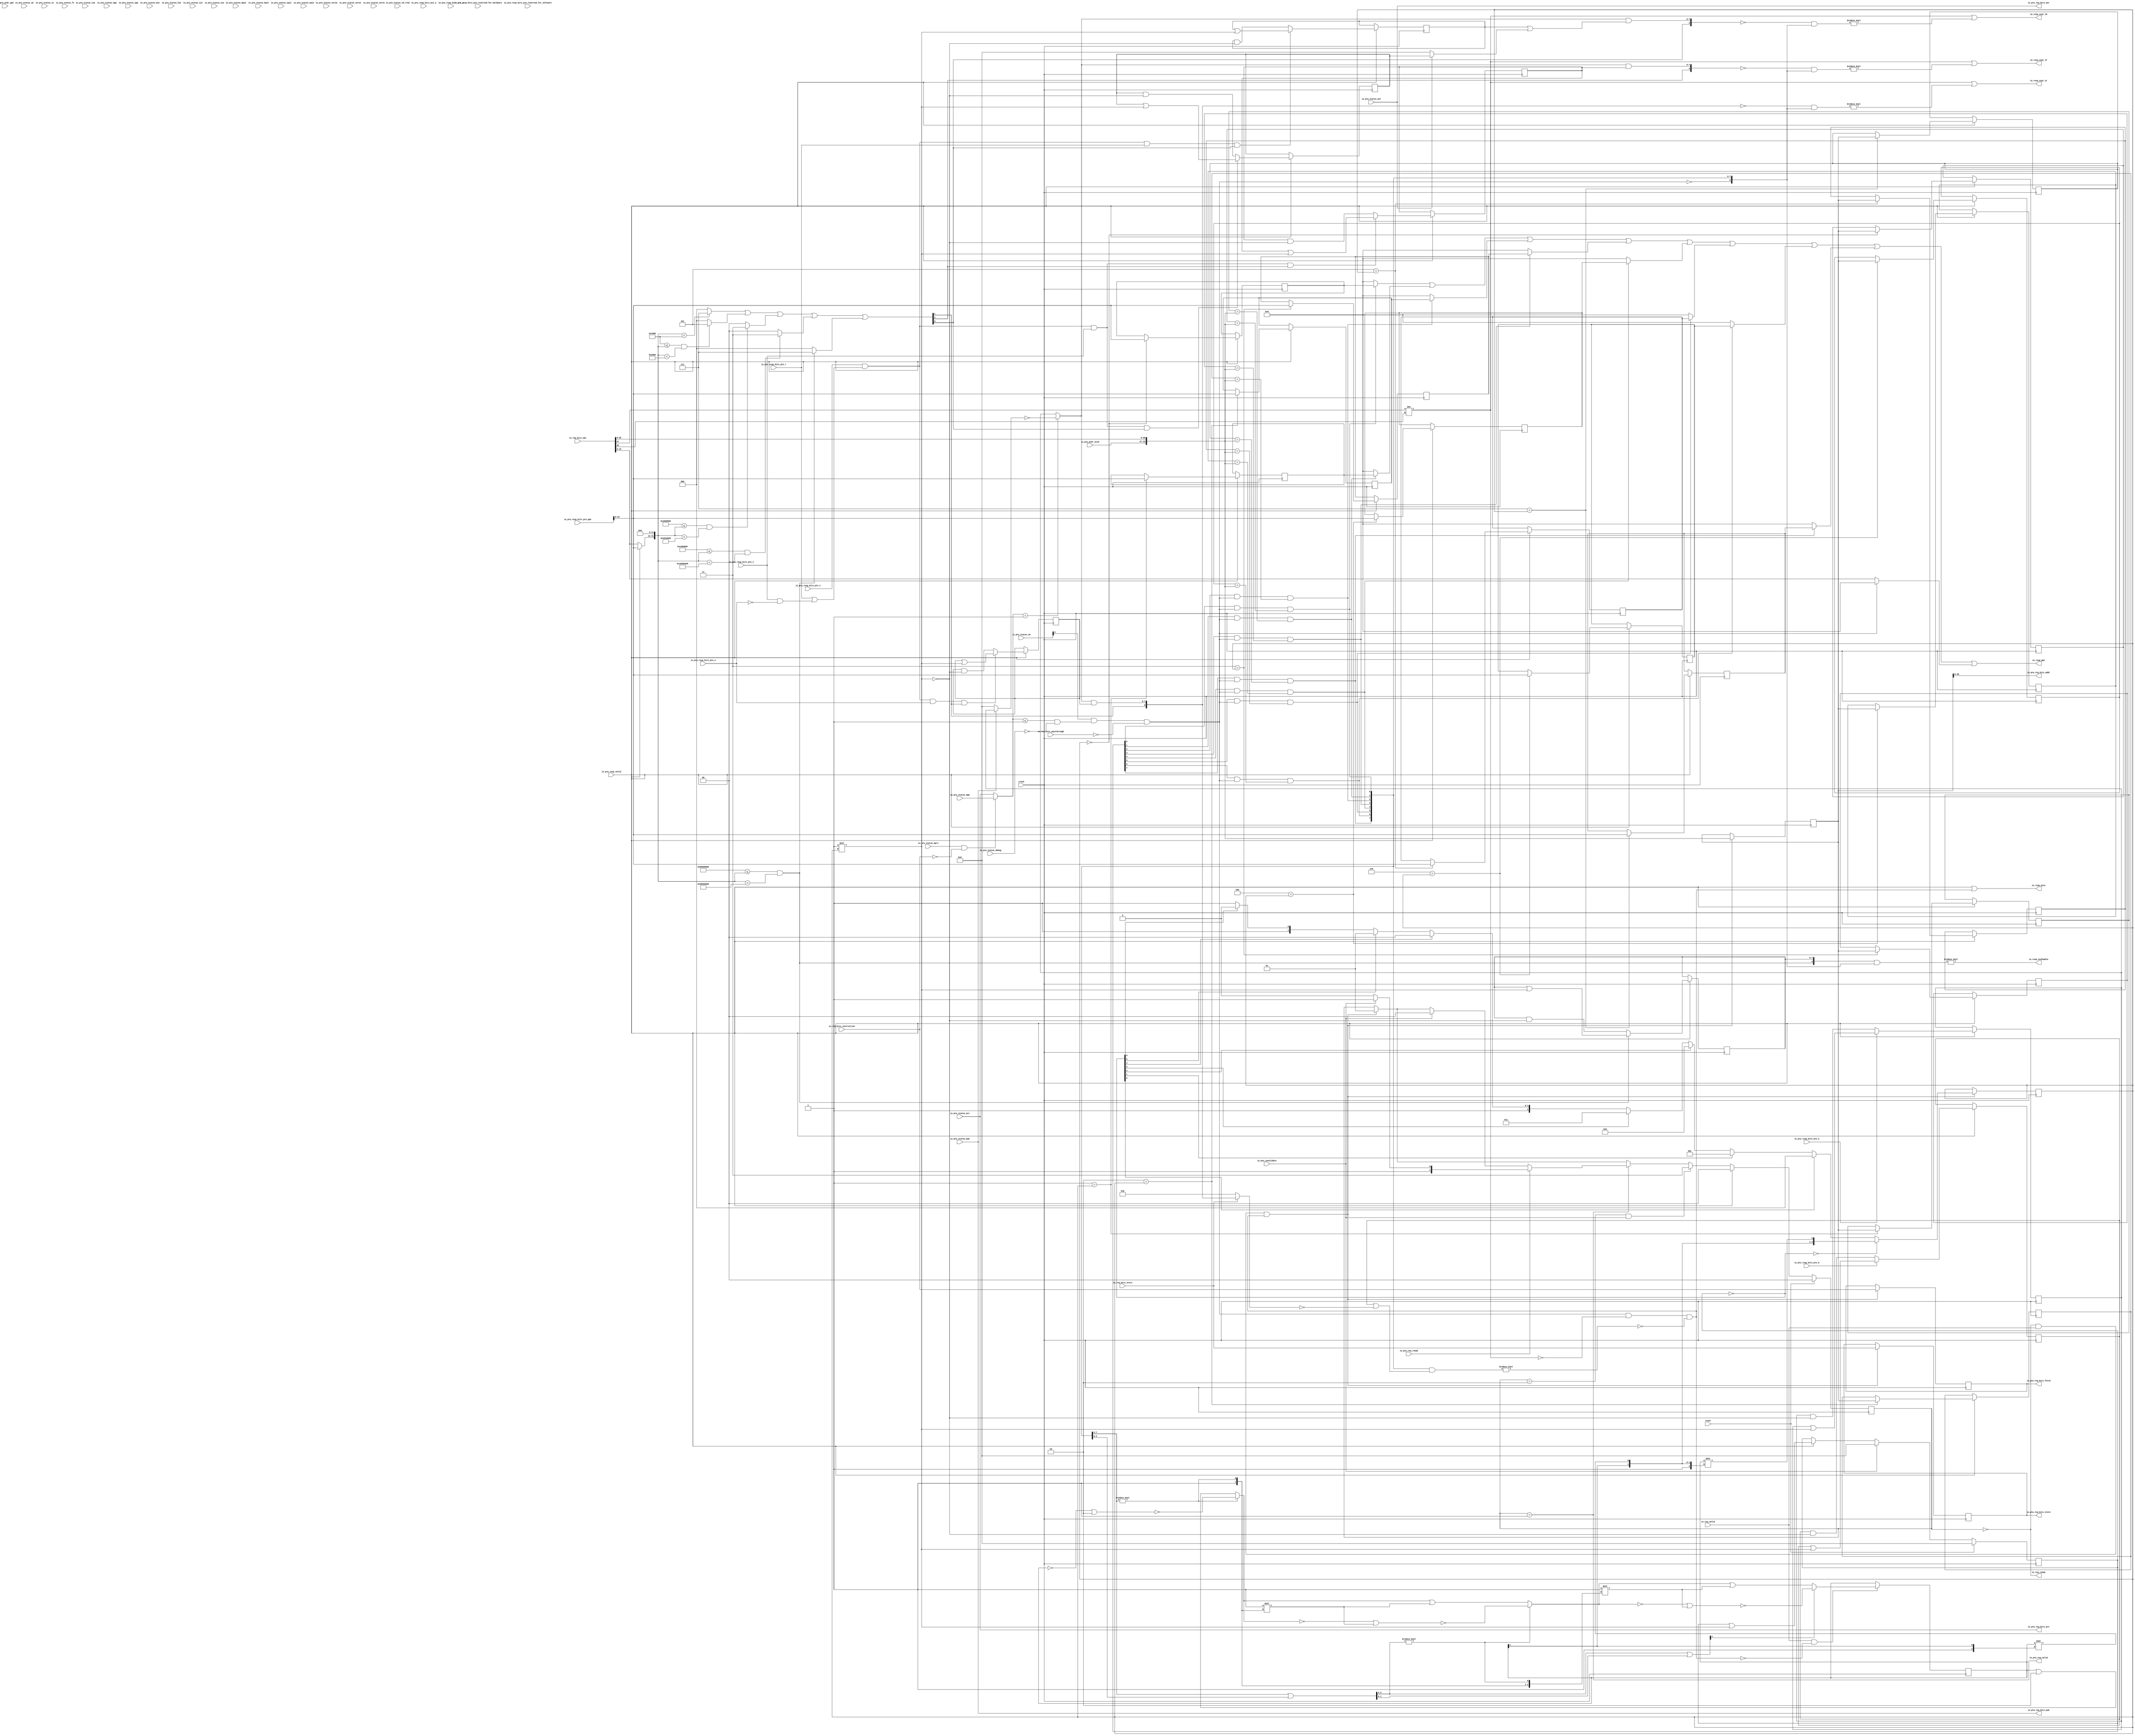
`timescale 1ns / 1ps
//////////////////////////////////////////////////////////////////////////////////
// Company: 
// Engineer: 
// 
// Design Name: 
// Module Name:    standard_TLB 
// Project Name: 
// Target Devices: 
// Tool versions: 
// Description: 
//
// Dependencies: 
//
// Revision: 
// Revision 0.01 - File Created
// Additional Comments: 
//
//////////////////////////////////////////////////////////////////////////////////
module standard_TLB(
  input   clock,
  input   reset,
  output  io_req_ready,
  input   io_req_valid,
  input  [27:0] io_req_bits_vpn,
  input   io_req_bits_passthrough,
  input   io_req_bits_instruction,
  input   io_req_bits_store,
  output  io_resp_miss,
  output [19:0] io_resp_ppn,
  output  io_resp_xcpt_ld,
  output  io_resp_xcpt_st,
  output  io_resp_xcpt_if,
  output  io_resp_cacheable,
  input   io_ptw_req_ready,
  output  io_ptw_req_valid,
  output [1:0] io_ptw_req_bits_prv,
  output  io_ptw_req_bits_pum,
  output  io_ptw_req_bits_mxr,
  output [26:0] io_ptw_req_bits_addr,
  output  io_ptw_req_bits_store,
  output  io_ptw_req_bits_fetch,
  input   io_ptw_resp_valid,
  input  [15:0] io_ptw_resp_bits_pte_reserved_for_hardware,
  input  [37:0] io_ptw_resp_bits_pte_ppn,
  input  [1:0] io_ptw_resp_bits_pte_reserved_for_software,
  input   io_ptw_resp_bits_pte_d,
  input   io_ptw_resp_bits_pte_a,
  input   io_ptw_resp_bits_pte_g,
  input   io_ptw_resp_bits_pte_u,
  input   io_ptw_resp_bits_pte_x,
  input   io_ptw_resp_bits_pte_w,
  input   io_ptw_resp_bits_pte_r,
  input   io_ptw_resp_bits_pte_v,
  input  [6:0] io_ptw_ptbr_asid,
  input  [37:0] io_ptw_ptbr_ppn,
  input   io_ptw_invalidate,
  input   io_ptw_status_debug,
  input  [31:0] io_ptw_status_isa,
  input  [1:0] io_ptw_status_prv,
  input   io_ptw_status_sd,
  input  [30:0] io_ptw_status_zero3,
  input   io_ptw_status_sd_rv32,
  input  [1:0] io_ptw_status_zero2,
  input  [4:0] io_ptw_status_vm,
  input  [3:0] io_ptw_status_zero1,
  input   io_ptw_status_mxr,
  input   io_ptw_status_pum,
  input   io_ptw_status_mprv,
  input  [1:0] io_ptw_status_xs,
  input  [1:0] io_ptw_status_fs,
  input  [1:0] io_ptw_status_mpp,
  input  [1:0] io_ptw_status_hpp,
  input   io_ptw_status_spp,
  input   io_ptw_status_mpie,
  input   io_ptw_status_hpie,
  input   io_ptw_status_spie,
  input   io_ptw_status_upie,
  input   io_ptw_status_mie,
  input   io_ptw_status_hie,
  input   io_ptw_status_sie,
  input   io_ptw_status_uie
);
  reg [7:0] valid;
  reg [31:0] GEN_58;
  reg [19:0] ppns_0;
  reg [31:0] GEN_62;
  reg [19:0] ppns_1;
  reg [31:0] GEN_64;
  reg [19:0] ppns_2;
  reg [31:0] GEN_65;
  reg [19:0] ppns_3;
  reg [31:0] GEN_66;
  reg [19:0] ppns_4;
  reg [31:0] GEN_67;
  reg [19:0] ppns_5;
  reg [31:0] GEN_68;
  reg [19:0] ppns_6;
  reg [31:0] GEN_69;
  reg [19:0] ppns_7;
  reg [31:0] GEN_70;
  reg [33:0] tags_0;
  reg [63:0] GEN_71;
  reg [33:0] tags_1;
  reg [63:0] GEN_72;
  reg [33:0] tags_2;
  reg [63:0] GEN_73;
  reg [33:0] tags_3;
  reg [63:0] GEN_74;
  reg [33:0] tags_4;
  reg [63:0] GEN_75;
  reg [33:0] tags_5;
  reg [63:0] GEN_76;
  reg [33:0] tags_6;
  reg [63:0] GEN_77;
  reg [33:0] tags_7;
  reg [63:0] GEN_78;
  reg [1:0] state;
  reg [31:0] GEN_79;
  reg [33:0] r_refill_tag;
  reg [63:0] GEN_80;
  reg [2:0] r_refill_waddr;
  reg [31:0] GEN_81;
  reg [27:0] r_req_vpn;
  reg [31:0] GEN_82;
  reg  r_req_passthrough;
  reg [31:0] GEN_83;
  reg  r_req_instruction;
  reg [31:0] GEN_84;
  reg  r_req_store;
  reg [31:0] GEN_85;
  wire  T_219;
  wire  do_mprv;
  wire [1:0] priv;
  wire  priv_s;
  wire  T_222;
  wire  T_224;
  wire  priv_uses_vm;
  wire [19:0] passthrough_ppn;
  wire [19:0] refill_ppn;
  wire [19:0] mpu_ppn;
  wire [31:0] GEN_57;
  wire [31:0] T_226;
  wire  T_230;
  wire [2:0] T_234;
  wire  T_236;
  wire  T_238;
  wire  T_239;
  wire [2:0] T_242;
  wire  T_244;
  wire  T_246;
  wire  T_247;
  wire [2:0] T_250;
  wire  T_252;
  wire  T_254;
  wire  T_255;
  wire [2:0] T_258;
  wire  T_260;
  wire  T_262;
  wire  T_263;
  wire [2:0] T_266;
  wire [2:0] T_271;
  wire [2:0] T_272;
  wire [2:0] T_273;
  wire [2:0] T_274;
  wire  prot_x;
  wire  prot_w;
  wire  prot_r;
  wire  T_282;
  wire  T_283;
  wire  T_284;
  wire [26:0] T_292;
  wire [33:0] lookup_tag;
  wire  T_294;
  wire  T_296;
  wire  T_298;
  wire  vm_enabled;
  wire  T_299;
  wire  T_300;
  wire  T_301;
  wire  hitsVec_0;
  wire  T_302;
  wire  T_303;
  wire  T_304;
  wire  hitsVec_1;
  wire  T_305;
  wire  T_306;
  wire  T_307;
  wire  hitsVec_2;
  wire  T_308;
  wire  T_309;
  wire  T_310;
  wire  hitsVec_3;
  wire  T_311;
  wire  T_312;
  wire  T_313;
  wire  hitsVec_4;
  wire  T_314;
  wire  T_315;
  wire  T_316;
  wire  hitsVec_5;
  wire  T_317;
  wire  T_318;
  wire  T_319;
  wire  hitsVec_6;
  wire  T_320;
  wire  T_321;
  wire  T_322;
  wire  hitsVec_7;
  wire  hitsVec_8;
  wire [1:0] T_324;
  wire [1:0] T_325;
  wire [3:0] T_326;
  wire [1:0] T_327;
  wire [1:0] T_328;
  wire [2:0] T_329;
  wire [4:0] T_330;
  wire [8:0] hits;
  reg [15:0] pte_array_reserved_for_hardware;
  reg [31:0] GEN_86;
  reg [37:0] pte_array_ppn;
  reg [63:0] GEN_87;
  reg [1:0] pte_array_reserved_for_software;
  reg [31:0] GEN_88;
  reg  pte_array_d;
  reg [31:0] GEN_89;
  reg  pte_array_a;
  reg [31:0] GEN_90;
  reg  pte_array_g;
  reg [31:0] GEN_91;
  reg  pte_array_u;
  reg [31:0] GEN_92;
  reg  pte_array_x;
  reg [31:0] GEN_93;
  reg  pte_array_w;
  reg [31:0] GEN_94;
  reg  pte_array_r;
  reg [31:0] GEN_95;
  reg  pte_array_v;
  reg [31:0] GEN_96;
  reg [7:0] u_array;
  reg [31:0] GEN_97;
  reg [7:0] sw_array;
  reg [31:0] GEN_98;
  reg [7:0] sx_array;
  reg [31:0] GEN_99;
  reg [7:0] sr_array;
  reg [31:0] GEN_100;
  reg [7:0] xr_array;
  reg [31:0] GEN_101;
  reg [7:0] cash_array;
  reg [31:0] GEN_102;
  reg [7:0] dirty_array;
  reg [31:0] GEN_103;
  wire [19:0] GEN_0;
  wire [19:0] GEN_2;
  wire [19:0] GEN_3;
  wire [19:0] GEN_4;
  wire [19:0] GEN_5;
  wire [19:0] GEN_6;
  wire [19:0] GEN_7;
  wire [19:0] GEN_8;
  wire [19:0] GEN_9;
  wire [33:0] GEN_1;
  wire [33:0] GEN_10;
  wire [33:0] GEN_11;
  wire [33:0] GEN_12;
  wire [33:0] GEN_13;
  wire [33:0] GEN_14;
  wire [33:0] GEN_15;
  wire [33:0] GEN_16;
  wire [33:0] GEN_17;
  wire [7:0] T_362;
  wire [7:0] T_363;
  wire [7:0] T_364;
  wire [7:0] T_365;
  wire [7:0] T_366;
  wire [7:0] T_367;
  wire  T_369;
  wire  T_370;
  wire  T_371;
  wire  T_372;
  wire  T_373;
  wire  T_374;
  wire [7:0] T_375;
  wire [7:0] T_377;
  wire [7:0] T_378;
  wire  T_384;
  wire  T_385;
  wire [7:0] T_386;
  wire [7:0] T_388;
  wire [7:0] T_389;
  wire  T_395;
  wire  T_396;
  wire [7:0] T_397;
  wire [7:0] T_399;
  wire [7:0] T_400;
  wire  T_407;
  wire [7:0] T_408;
  wire [7:0] T_410;
  wire [7:0] T_411;
  wire [7:0] T_412;
  wire [7:0] T_414;
  wire [7:0] T_415;
  wire [7:0] T_416;
  wire [7:0] T_418;
  wire [7:0] T_419;
  wire [19:0] GEN_18;
  wire [19:0] GEN_19;
  wire [19:0] GEN_20;
  wire [19:0] GEN_21;
  wire [19:0] GEN_22;
  wire [19:0] GEN_23;
  wire [19:0] GEN_24;
  wire [19:0] GEN_25;
  wire [33:0] GEN_26;
  wire [33:0] GEN_27;
  wire [33:0] GEN_28;
  wire [33:0] GEN_29;
  wire [33:0] GEN_30;
  wire [33:0] GEN_31;
  wire [33:0] GEN_32;
  wire [33:0] GEN_33;
  wire [7:0] GEN_34;
  wire [7:0] GEN_35;
  wire [7:0] GEN_36;
  wire [7:0] GEN_37;
  wire [7:0] GEN_38;
  wire [7:0] GEN_39;
  wire [7:0] GEN_40;
  wire [7:0] GEN_41;
  reg [7:0] T_421;
  reg [31:0] GEN_104;
  wire [7:0] T_422;
  wire  T_424;
  wire  T_426;
  wire  T_428;
  wire  T_429;
  wire  T_430;
  wire  T_431;
  wire  T_432;
  wire  T_433;
  wire  T_434;
  wire [2:0] T_444;
  wire [2:0] T_445;
  wire [2:0] T_446;
  wire [2:0] T_447;
  wire [2:0] T_448;
  wire [2:0] T_449;
  wire [2:0] T_450;
  wire [7:0] T_452;
  wire  T_453;
  wire [1:0] T_454;
  wire [7:0] T_455;
  wire  T_456;
  wire [2:0] T_457;
  wire [7:0] T_458;
  wire  T_459;
  wire [3:0] T_460;
  wire [2:0] T_461;
  wire [2:0] repl_waddr;
  wire [7:0] T_463;
  wire [7:0] T_464;
  wire [7:0] priv_ok;
  wire [7:0] T_465;
  wire [8:0] w_array;
  wire [7:0] T_466;
  wire [8:0] x_array;
  wire [7:0] T_468;
  wire [7:0] T_469;
  wire [7:0] T_470;
  wire [8:0] r_array;
  wire [8:0] c_array;
  wire  T_471;
  wire  T_472;
  wire  bad_va;
  wire [7:0] T_473;
  wire [8:0] T_475;
  wire [8:0] T_476;
  wire [8:0] GEN_59;
  wire [8:0] T_477;
  wire [8:0] GEN_60;
  wire [8:0] tlb_hits;
  wire  tlb_hit;
  wire  T_480;
  wire  T_481;
  wire  T_483;
  wire  tlb_miss;
  wire  T_485;
  wire  T_486;
  wire [3:0] T_488;
  wire [3:0] T_489;
  wire  T_491;
  wire [3:0] T_492;
  wire [1:0] T_493;
  wire [1:0] T_494;
  wire  T_496;
  wire [1:0] T_497;
  wire  T_498;
  wire [1:0] T_499;
  wire [2:0] T_500;
  wire  T_502;
  wire  T_504;
  wire [1:0] T_506;
  wire [7:0] GEN_61;
  wire [7:0] T_507;
  wire [7:0] T_508;
  wire [7:0] T_509;
  wire [7:0] T_510;
  wire [7:0] T_511;
  wire [1:0] T_512;
  wire  T_513;
  wire  T_515;
  wire [3:0] T_517;
  wire [7:0] GEN_63;
  wire [7:0] T_518;
  wire [7:0] T_519;
  wire [7:0] T_520;
  wire [7:0] T_521;
  wire [7:0] T_522;
  wire [2:0] T_523;
  wire  T_524;
  wire  T_526;
  wire [7:0] T_528;
  wire [7:0] T_529;
  wire [7:0] T_530;
  wire [7:0] T_531;
  wire [7:0] T_532;
  wire [7:0] T_533;
  wire [7:0] GEN_42;
  wire  T_535;
  wire [8:0] T_536;
  wire [8:0] T_537;
  wire  T_539;
  wire  T_540;
  wire [8:0] T_541;
  wire [8:0] T_542;
  wire  T_544;
  wire  T_545;
  wire [8:0] T_546;
  wire [8:0] T_547;
  wire  T_549;
  wire  T_550;
  wire [8:0] T_551;
  wire  T_553;
  wire  T_554;
  wire [19:0] T_556;
  wire [19:0] T_558;
  wire [19:0] T_560;
  wire [19:0] T_562;
  wire [19:0] T_564;
  wire [19:0] T_566;
  wire [19:0] T_568;
  wire [19:0] T_570;
  wire [19:0] T_572;
  wire [19:0] T_574;
  wire [19:0] T_575;
  wire [19:0] T_576;
  wire [19:0] T_577;
  wire [19:0] T_578;
  wire [19:0] T_579;
  wire [19:0] T_580;
  wire [19:0] T_581;
  wire [19:0] T_582;
  wire  T_583;
  wire  T_584;
  wire  T_585;
  wire [1:0] GEN_43;
  wire [33:0] GEN_44;
  wire [2:0] GEN_45;
  wire [27:0] GEN_46;
  wire  GEN_47;
  wire  GEN_48;
  wire  GEN_49;
  wire [1:0] GEN_50;
  wire [1:0] GEN_51;
  wire [1:0] GEN_52;
  wire [1:0] GEN_53;
  wire  T_587;
  wire  T_588;
  wire [1:0] GEN_54;
  wire [1:0] GEN_55;
  wire [7:0] GEN_56;
  assign io_req_ready = T_535;
  assign io_resp_miss = T_554;
  assign io_resp_ppn = T_582;
  assign io_resp_xcpt_ld = T_540;
  assign io_resp_xcpt_st = T_545;
  assign io_resp_xcpt_if = T_550;
  assign io_resp_cacheable = T_553;
  assign io_ptw_req_valid = T_583;
  assign io_ptw_req_bits_prv = io_ptw_status_prv;
  assign io_ptw_req_bits_pum = io_ptw_status_pum;
  assign io_ptw_req_bits_mxr = io_ptw_status_mxr;
  assign io_ptw_req_bits_addr = r_refill_tag[26:0];
  assign io_ptw_req_bits_store = r_req_store;
  assign io_ptw_req_bits_fetch = r_req_instruction;
  assign T_219 = io_req_bits_instruction == 1'h0;
  assign do_mprv = io_ptw_status_mprv & T_219;
  assign priv = do_mprv ? io_ptw_status_mpp : io_ptw_status_prv;
  assign priv_s = priv == 2'h1;
  assign T_222 = priv <= 2'h1;
  assign T_224 = io_ptw_status_debug == 1'h0;
  assign priv_uses_vm = T_222 & T_224;
  assign passthrough_ppn = io_req_bits_vpn[19:0];
  assign refill_ppn = io_ptw_resp_bits_pte_ppn[19:0];
  assign mpu_ppn = io_ptw_resp_valid ? refill_ppn : passthrough_ppn;
  assign GEN_57 = {{12'd0}, mpu_ppn};
  assign T_226 = GEN_57 << 12;
  assign T_230 = T_226 < 32'h1000;
  assign T_234 = T_230 ? 3'h7 : 3'h0;
  assign T_236 = 32'h1000 <= T_226;
  assign T_238 = T_226 < 32'h2000;
  assign T_239 = T_236 & T_238;
  assign T_242 = T_239 ? 3'h5 : 3'h0;
  assign T_244 = 32'h2000000 <= T_226;
  assign T_246 = T_226 < 32'h2010000;
  assign T_247 = T_244 & T_246;
  assign T_250 = T_247 ? 3'h3 : 3'h0;
  assign T_252 = 32'hc000000 <= T_226;
  assign T_254 = T_226 < 32'h10000000;
  assign T_255 = T_252 & T_254;
  assign T_258 = T_255 ? 3'h3 : 3'h0;
  assign T_260 = 32'h80000000 <= T_226;
  assign T_262 = T_226 < 32'h90000000;
  assign T_263 = T_260 & T_262;
  assign T_266 = T_263 ? 3'h7 : 3'h0;
  assign T_271 = T_234 | T_242;
  assign T_272 = T_271 | T_250;
  assign T_273 = T_272 | T_258;
  assign T_274 = T_273 | T_266;
  assign prot_x = T_284;
  assign prot_w = T_283;
  assign prot_r = T_282;
  assign T_282 = T_274[0];
  assign T_283 = T_274[1];
  assign T_284 = T_274[2];
  assign T_292 = io_req_bits_vpn[26:0];
  assign lookup_tag = {io_ptw_ptbr_asid,T_292};
  assign T_294 = io_ptw_status_vm[3];
  assign T_296 = T_294 & priv_uses_vm;
  assign T_298 = io_req_bits_passthrough == 1'h0;
  assign vm_enabled = T_296 & T_298;
  assign T_299 = valid[0];
  assign T_300 = T_299 & vm_enabled;
  assign T_301 = tags_0 == lookup_tag;
  assign hitsVec_0 = T_300 & T_301;
  assign T_302 = valid[1];
  assign T_303 = T_302 & vm_enabled;
  assign T_304 = tags_1 == lookup_tag;
  assign hitsVec_1 = T_303 & T_304;
  assign T_305 = valid[2];
  assign T_306 = T_305 & vm_enabled;
  assign T_307 = tags_2 == lookup_tag;
  assign hitsVec_2 = T_306 & T_307;
  assign T_308 = valid[3];
  assign T_309 = T_308 & vm_enabled;
  assign T_310 = tags_3 == lookup_tag;
  assign hitsVec_3 = T_309 & T_310;
  assign T_311 = valid[4];
  assign T_312 = T_311 & vm_enabled;
  assign T_313 = tags_4 == lookup_tag;
  assign hitsVec_4 = T_312 & T_313;
  assign T_314 = valid[5];
  assign T_315 = T_314 & vm_enabled;
  assign T_316 = tags_5 == lookup_tag;
  assign hitsVec_5 = T_315 & T_316;
  assign T_317 = valid[6];
  assign T_318 = T_317 & vm_enabled;
  assign T_319 = tags_6 == lookup_tag;
  assign hitsVec_6 = T_318 & T_319;
  assign T_320 = valid[7];
  assign T_321 = T_320 & vm_enabled;
  assign T_322 = tags_7 == lookup_tag;
  assign hitsVec_7 = T_321 & T_322;
  assign hitsVec_8 = vm_enabled == 1'h0;
  assign T_324 = {hitsVec_1,hitsVec_0};
  assign T_325 = {hitsVec_3,hitsVec_2};
  assign T_326 = {T_325,T_324};
  assign T_327 = {hitsVec_5,hitsVec_4};
  assign T_328 = {hitsVec_8,hitsVec_7};
  assign T_329 = {T_328,hitsVec_6};
  assign T_330 = {T_329,T_327};
  assign hits = {T_330,T_326};
  assign GEN_0 = io_ptw_resp_bits_pte_ppn[19:0];
  assign GEN_2 = 3'h0 == r_refill_waddr ? GEN_0 : ppns_0;
  assign GEN_3 = 3'h1 == r_refill_waddr ? GEN_0 : ppns_1;
  assign GEN_4 = 3'h2 == r_refill_waddr ? GEN_0 : ppns_2;
  assign GEN_5 = 3'h3 == r_refill_waddr ? GEN_0 : ppns_3;
  assign GEN_6 = 3'h4 == r_refill_waddr ? GEN_0 : ppns_4;
  assign GEN_7 = 3'h5 == r_refill_waddr ? GEN_0 : ppns_5;
  assign GEN_8 = 3'h6 == r_refill_waddr ? GEN_0 : ppns_6;
  assign GEN_9 = 3'h7 == r_refill_waddr ? GEN_0 : ppns_7;
  assign GEN_1 = r_refill_tag;
  assign GEN_10 = 3'h0 == r_refill_waddr ? GEN_1 : tags_0;
  assign GEN_11 = 3'h1 == r_refill_waddr ? GEN_1 : tags_1;
  assign GEN_12 = 3'h2 == r_refill_waddr ? GEN_1 : tags_2;
  assign GEN_13 = 3'h3 == r_refill_waddr ? GEN_1 : tags_3;
  assign GEN_14 = 3'h4 == r_refill_waddr ? GEN_1 : tags_4;
  assign GEN_15 = 3'h5 == r_refill_waddr ? GEN_1 : tags_5;
  assign GEN_16 = 3'h6 == r_refill_waddr ? GEN_1 : tags_6;
  assign GEN_17 = 3'h7 == r_refill_waddr ? GEN_1 : tags_7;
  assign T_362 = 8'h1 << r_refill_waddr;
  assign T_363 = valid | T_362;
  assign T_364 = u_array | T_362;
  assign T_365 = ~ T_362;
  assign T_366 = u_array & T_365;
  assign T_367 = io_ptw_resp_bits_pte_u ? T_364 : T_366;
  assign T_369 = io_ptw_resp_bits_pte_w == 1'h0;
  assign T_370 = io_ptw_resp_bits_pte_x & T_369;
  assign T_371 = io_ptw_resp_bits_pte_r | T_370;
  assign T_372 = io_ptw_resp_bits_pte_v & T_371;
  assign T_373 = T_372 & io_ptw_resp_bits_pte_w;
  assign T_374 = T_373 & prot_w;
  assign T_375 = sw_array | T_362;
  assign T_377 = sw_array & T_365;
  assign T_378 = T_374 ? T_375 : T_377;
  assign T_384 = T_372 & io_ptw_resp_bits_pte_x;
  assign T_385 = T_384 & prot_x;
  assign T_386 = sx_array | T_362;
  assign T_388 = sx_array & T_365;
  assign T_389 = T_385 ? T_386 : T_388;
  assign T_395 = T_372 & io_ptw_resp_bits_pte_r;
  assign T_396 = T_395 & prot_r;
  assign T_397 = sr_array | T_362;
  assign T_399 = sr_array & T_365;
  assign T_400 = T_396 ? T_397 : T_399;
  assign T_407 = T_384 & prot_r;
  assign T_408 = xr_array | T_362;
  assign T_410 = xr_array & T_365;
  assign T_411 = T_407 ? T_408 : T_410;
  assign T_412 = cash_array | T_362;
  assign T_414 = cash_array & T_365;
  assign T_415 = T_263 ? T_412 : T_414;
  assign T_416 = dirty_array | T_362;
  assign T_418 = dirty_array & T_365;
  assign T_419 = io_ptw_resp_bits_pte_d ? T_416 : T_418;
  assign GEN_18 = io_ptw_resp_valid ? GEN_2 : ppns_0;
  assign GEN_19 = io_ptw_resp_valid ? GEN_3 : ppns_1;
  assign GEN_20 = io_ptw_resp_valid ? GEN_4 : ppns_2;
  assign GEN_21 = io_ptw_resp_valid ? GEN_5 : ppns_3;
  assign GEN_22 = io_ptw_resp_valid ? GEN_6 : ppns_4;
  assign GEN_23 = io_ptw_resp_valid ? GEN_7 : ppns_5;
  assign GEN_24 = io_ptw_resp_valid ? GEN_8 : ppns_6;
  assign GEN_25 = io_ptw_resp_valid ? GEN_9 : ppns_7;
  assign GEN_26 = io_ptw_resp_valid ? GEN_10 : tags_0;
  assign GEN_27 = io_ptw_resp_valid ? GEN_11 : tags_1;
  assign GEN_28 = io_ptw_resp_valid ? GEN_12 : tags_2;
  assign GEN_29 = io_ptw_resp_valid ? GEN_13 : tags_3;
  assign GEN_30 = io_ptw_resp_valid ? GEN_14 : tags_4;
  assign GEN_31 = io_ptw_resp_valid ? GEN_15 : tags_5;
  assign GEN_32 = io_ptw_resp_valid ? GEN_16 : tags_6;
  assign GEN_33 = io_ptw_resp_valid ? GEN_17 : tags_7;
  assign GEN_34 = io_ptw_resp_valid ? T_363 : valid;
  assign GEN_35 = io_ptw_resp_valid ? T_367 : u_array;
  assign GEN_36 = io_ptw_resp_valid ? T_378 : sw_array;
  assign GEN_37 = io_ptw_resp_valid ? T_389 : sx_array;
  assign GEN_38 = io_ptw_resp_valid ? T_400 : sr_array;
  assign GEN_39 = io_ptw_resp_valid ? T_411 : xr_array;
  assign GEN_40 = io_ptw_resp_valid ? T_415 : cash_array;
  assign GEN_41 = io_ptw_resp_valid ? T_419 : dirty_array;
  assign T_422 = ~ valid;
  assign T_424 = T_422 == 8'h0;
  assign T_426 = T_424 == 1'h0;
  assign T_428 = T_422[0];
  assign T_429 = T_422[1];
  assign T_430 = T_422[2];
  assign T_431 = T_422[3];
  assign T_432 = T_422[4];
  assign T_433 = T_422[5];
  assign T_434 = T_422[6];
  assign T_444 = T_434 ? 3'h6 : 3'h7;
  assign T_445 = T_433 ? 3'h5 : T_444;
  assign T_446 = T_432 ? 3'h4 : T_445;
  assign T_447 = T_431 ? 3'h3 : T_446;
  assign T_448 = T_430 ? 3'h2 : T_447;
  assign T_449 = T_429 ? 3'h1 : T_448;
  assign T_450 = T_428 ? 3'h0 : T_449;
  assign T_452 = T_421 >> 1'h1;
  assign T_453 = T_452[0];
  assign T_454 = {1'h1,T_453};
  assign T_455 = T_421 >> T_454;
  assign T_456 = T_455[0];
  assign T_457 = {T_454,T_456};
  assign T_458 = T_421 >> T_457;
  assign T_459 = T_458[0];
  assign T_460 = {T_457,T_459};
  assign T_461 = T_460[2:0];
  assign repl_waddr = T_426 ? T_450 : T_461;
  assign T_463 = io_ptw_status_pum ? u_array : 8'h0;
  assign T_464 = ~ T_463;
  assign priv_ok = priv_s ? T_464 : u_array;
  assign T_465 = priv_ok & sw_array;
  assign w_array = {prot_w,T_465};
  assign T_466 = priv_ok & sx_array;
  assign x_array = {prot_x,T_466};
  assign T_468 = io_ptw_status_mxr ? xr_array : 8'h0;
  assign T_469 = sr_array | T_468;
  assign T_470 = priv_ok & T_469;
  assign r_array = {prot_r,T_470};
  assign c_array = {T_263,cash_array};
  assign T_471 = io_req_bits_vpn[27];
  assign T_472 = io_req_bits_vpn[26];
  assign bad_va = T_471 != T_472;
  assign T_473 = hits[7:0];
  assign T_475 = io_req_bits_store ? w_array : 9'h0;
  assign T_476 = ~ T_475;
  assign GEN_59 = {{1'd0}, dirty_array};
  assign T_477 = GEN_59 | T_476;
  assign GEN_60 = {{1'd0}, T_473};
  assign tlb_hits = GEN_60 & T_477;
  assign tlb_hit = tlb_hits != 9'h0;
  assign T_480 = bad_va == 1'h0;
  assign T_481 = vm_enabled & T_480;
  assign T_483 = tlb_hit == 1'h0;
  assign tlb_miss = T_481 & T_483;
  assign T_485 = tlb_miss == 1'h0;
  assign T_486 = io_req_valid & T_485;
  assign T_488 = T_473[7:4];
  assign T_489 = T_473[3:0];
  assign T_491 = T_488 != 4'h0;
  assign T_492 = T_488 | T_489;
  assign T_493 = T_492[3:2];
  assign T_494 = T_492[1:0];
  assign T_496 = T_493 != 2'h0;
  assign T_497 = T_493 | T_494;
  assign T_498 = T_497[1];
  assign T_499 = {T_496,T_498};
  assign T_500 = {T_491,T_499};
  assign T_502 = T_500[2];
  assign T_504 = T_502 == 1'h0;
  assign T_506 = 2'h1 << 1'h1;
  assign GEN_61 = {{6'd0}, T_506};
  assign T_507 = T_421 | GEN_61;
  assign T_508 = ~ T_421;
  assign T_509 = T_508 | GEN_61;
  assign T_510 = ~ T_509;
  assign T_511 = T_504 ? T_507 : T_510;
  assign T_512 = {1'h1,T_502};
  assign T_513 = T_500[1];
  assign T_515 = T_513 == 1'h0;
  assign T_517 = 4'h1 << T_512;
  assign GEN_63 = {{4'd0}, T_517};
  assign T_518 = T_511 | GEN_63;
  assign T_519 = ~ T_511;
  assign T_520 = T_519 | GEN_63;
  assign T_521 = ~ T_520;
  assign T_522 = T_515 ? T_518 : T_521;
  assign T_523 = {T_512,T_513};
  assign T_524 = T_500[0];
  assign T_526 = T_524 == 1'h0;
  assign T_528 = 8'h1 << T_523;
  assign T_529 = T_522 | T_528;
  assign T_530 = ~ T_522;
  assign T_531 = T_530 | T_528;
  assign T_532 = ~ T_531;
  assign T_533 = T_526 ? T_529 : T_532;
  assign GEN_42 = T_486 ? T_533 : T_421;
  assign T_535 = state == 2'h0;
  assign T_536 = ~ r_array;
  assign T_537 = T_536 & hits;
  assign T_539 = T_537 != 9'h0;
  assign T_540 = bad_va | T_539;
  assign T_541 = ~ w_array;
  assign T_542 = T_541 & hits;
  assign T_544 = T_542 != 9'h0;
  assign T_545 = bad_va | T_544;
  assign T_546 = ~ x_array;
  assign T_547 = T_546 & hits;
  assign T_549 = T_547 != 9'h0;
  assign T_550 = bad_va | T_549;
  assign T_551 = c_array & hits;
  assign T_553 = T_551 != 9'h0;
  assign T_554 = io_ptw_resp_valid | tlb_miss;
  assign T_556 = hitsVec_0 ? ppns_0 : 20'h0;
  assign T_558 = hitsVec_1 ? ppns_1 : 20'h0;
  assign T_560 = hitsVec_2 ? ppns_2 : 20'h0;
  assign T_562 = hitsVec_3 ? ppns_3 : 20'h0;
  assign T_564 = hitsVec_4 ? ppns_4 : 20'h0;
  assign T_566 = hitsVec_5 ? ppns_5 : 20'h0;
  assign T_568 = hitsVec_6 ? ppns_6 : 20'h0;
  assign T_570 = hitsVec_7 ? ppns_7 : 20'h0;
  assign T_572 = hitsVec_8 ? passthrough_ppn : 20'h0;
  assign T_574 = T_556 | T_558;
  assign T_575 = T_574 | T_560;
  assign T_576 = T_575 | T_562;
  assign T_577 = T_576 | T_564;
  assign T_578 = T_577 | T_566;
  assign T_579 = T_578 | T_568;
  assign T_580 = T_579 | T_570;
  assign T_581 = T_580 | T_572;
  assign T_582 = T_581;
  assign T_583 = state == 2'h1;
  assign T_584 = io_req_ready & io_req_valid;
  assign T_585 = T_584 & tlb_miss;
  assign GEN_43 = T_585 ? 2'h1 : state;
  assign GEN_44 = T_585 ? lookup_tag : r_refill_tag;
  assign GEN_45 = T_585 ? repl_waddr : r_refill_waddr;
  assign GEN_46 = T_585 ? io_req_bits_vpn : r_req_vpn;
  assign GEN_47 = T_585 ? io_req_bits_passthrough : r_req_passthrough;
  assign GEN_48 = T_585 ? io_req_bits_instruction : r_req_instruction;
  assign GEN_49 = T_585 ? io_req_bits_store : r_req_store;
  assign GEN_50 = io_ptw_invalidate ? 2'h0 : GEN_43;
  assign GEN_51 = io_ptw_invalidate ? 2'h3 : 2'h2;
  assign GEN_52 = io_ptw_req_ready ? GEN_51 : GEN_50;
  assign GEN_53 = T_583 ? GEN_52 : GEN_43;
  assign T_587 = state == 2'h2;
  assign T_588 = T_587 & io_ptw_invalidate;
  assign GEN_54 = T_588 ? 2'h3 : GEN_53;
  assign GEN_55 = io_ptw_resp_valid ? 2'h0 : GEN_54;
  assign GEN_56 = io_ptw_invalidate ? 8'h0 : GEN_34;
`ifdef RANDOMIZE
  integer initvar;
  initial begin
    `ifndef verilator
      #0.002 begin end
    `endif
  `ifdef RANDOMIZE_REG_INIT
  GEN_58 = {1{$random}};
  valid = GEN_58[7:0];
  `endif
  `ifdef RANDOMIZE_REG_INIT
  GEN_62 = {1{$random}};
  ppns_0 = GEN_62[19:0];
  `endif
  `ifdef RANDOMIZE_REG_INIT
  GEN_64 = {1{$random}};
  ppns_1 = GEN_64[19:0];
  `endif
  `ifdef RANDOMIZE_REG_INIT
  GEN_65 = {1{$random}};
  ppns_2 = GEN_65[19:0];
  `endif
  `ifdef RANDOMIZE_REG_INIT
  GEN_66 = {1{$random}};
  ppns_3 = GEN_66[19:0];
  `endif
  `ifdef RANDOMIZE_REG_INIT
  GEN_67 = {1{$random}};
  ppns_4 = GEN_67[19:0];
  `endif
  `ifdef RANDOMIZE_REG_INIT
  GEN_68 = {1{$random}};
  ppns_5 = GEN_68[19:0];
  `endif
  `ifdef RANDOMIZE_REG_INIT
  GEN_69 = {1{$random}};
  ppns_6 = GEN_69[19:0];
  `endif
  `ifdef RANDOMIZE_REG_INIT
  GEN_70 = {1{$random}};
  ppns_7 = GEN_70[19:0];
  `endif
  `ifdef RANDOMIZE_REG_INIT
  GEN_71 = {2{$random}};
  tags_0 = GEN_71[33:0];
  `endif
  `ifdef RANDOMIZE_REG_INIT
  GEN_72 = {2{$random}};
  tags_1 = GEN_72[33:0];
  `endif
  `ifdef RANDOMIZE_REG_INIT
  GEN_73 = {2{$random}};
  tags_2 = GEN_73[33:0];
  `endif
  `ifdef RANDOMIZE_REG_INIT
  GEN_74 = {2{$random}};
  tags_3 = GEN_74[33:0];
  `endif
  `ifdef RANDOMIZE_REG_INIT
  GEN_75 = {2{$random}};
  tags_4 = GEN_75[33:0];
  `endif
  `ifdef RANDOMIZE_REG_INIT
  GEN_76 = {2{$random}};
  tags_5 = GEN_76[33:0];
  `endif
  `ifdef RANDOMIZE_REG_INIT
  GEN_77 = {2{$random}};
  tags_6 = GEN_77[33:0];
  `endif
  `ifdef RANDOMIZE_REG_INIT
  GEN_78 = {2{$random}};
  tags_7 = GEN_78[33:0];
  `endif
  `ifdef RANDOMIZE_REG_INIT
  GEN_79 = {1{$random}};
  state = GEN_79[1:0];
  `endif
  `ifdef RANDOMIZE_REG_INIT
  GEN_80 = {2{$random}};
  r_refill_tag = GEN_80[33:0];
  `endif
  `ifdef RANDOMIZE_REG_INIT
  GEN_81 = {1{$random}};
  r_refill_waddr = GEN_81[2:0];
  `endif
  `ifdef RANDOMIZE_REG_INIT
  GEN_82 = {1{$random}};
  r_req_vpn = GEN_82[27:0];
  `endif
  `ifdef RANDOMIZE_REG_INIT
  GEN_83 = {1{$random}};
  r_req_passthrough = GEN_83[0:0];
  `endif
  `ifdef RANDOMIZE_REG_INIT
  GEN_84 = {1{$random}};
  r_req_instruction = GEN_84[0:0];
  `endif
  `ifdef RANDOMIZE_REG_INIT
  GEN_85 = {1{$random}};
  r_req_store = GEN_85[0:0];
  `endif
  `ifdef RANDOMIZE_REG_INIT
  GEN_86 = {1{$random}};
  pte_array_reserved_for_hardware = GEN_86[15:0];
  `endif
  `ifdef RANDOMIZE_REG_INIT
  GEN_87 = {2{$random}};
  pte_array_ppn = GEN_87[37:0];
  `endif
  `ifdef RANDOMIZE_REG_INIT
  GEN_88 = {1{$random}};
  pte_array_reserved_for_software = GEN_88[1:0];
  `endif
  `ifdef RANDOMIZE_REG_INIT
  GEN_89 = {1{$random}};
  pte_array_d = GEN_89[0:0];
  `endif
  `ifdef RANDOMIZE_REG_INIT
  GEN_90 = {1{$random}};
  pte_array_a = GEN_90[0:0];
  `endif
  `ifdef RANDOMIZE_REG_INIT
  GEN_91 = {1{$random}};
  pte_array_g = GEN_91[0:0];
  `endif
  `ifdef RANDOMIZE_REG_INIT
  GEN_92 = {1{$random}};
  pte_array_u = GEN_92[0:0];
  `endif
  `ifdef RANDOMIZE_REG_INIT
  GEN_93 = {1{$random}};
  pte_array_x = GEN_93[0:0];
  `endif
  `ifdef RANDOMIZE_REG_INIT
  GEN_94 = {1{$random}};
  pte_array_w = GEN_94[0:0];
  `endif
  `ifdef RANDOMIZE_REG_INIT
  GEN_95 = {1{$random}};
  pte_array_r = GEN_95[0:0];
  `endif
  `ifdef RANDOMIZE_REG_INIT
  GEN_96 = {1{$random}};
  pte_array_v = GEN_96[0:0];
  `endif
  `ifdef RANDOMIZE_REG_INIT
  GEN_97 = {1{$random}};
  u_array = GEN_97[7:0];
  `endif
  `ifdef RANDOMIZE_REG_INIT
  GEN_98 = {1{$random}};
  sw_array = GEN_98[7:0];
  `endif
  `ifdef RANDOMIZE_REG_INIT
  GEN_99 = {1{$random}};
  sx_array = GEN_99[7:0];
  `endif
  `ifdef RANDOMIZE_REG_INIT
  GEN_100 = {1{$random}};
  sr_array = GEN_100[7:0];
  `endif
  `ifdef RANDOMIZE_REG_INIT
  GEN_101 = {1{$random}};
  xr_array = GEN_101[7:0];
  `endif
  `ifdef RANDOMIZE_REG_INIT
  GEN_102 = {1{$random}};
  cash_array = GEN_102[7:0];
  `endif
  `ifdef RANDOMIZE_REG_INIT
  GEN_103 = {1{$random}};
  dirty_array = GEN_103[7:0];
  `endif
  `ifdef RANDOMIZE_REG_INIT
  GEN_104 = {1{$random}};
  T_421 = GEN_104[7:0];
  `endif
  end
`endif
  always @(posedge clock) begin
    if(reset) begin
      valid <= 8'h0;
    end else begin
      if(io_ptw_invalidate) begin
        valid <= 8'h0;
      end else begin
        if(io_ptw_resp_valid) begin
          valid <= T_363;
        end
      end
    end
    if(1'h0) begin
    end else begin
      if(io_ptw_resp_valid) begin
        if(3'h0 == r_refill_waddr) begin
          ppns_0 <= GEN_0;
        end
      end
    end
    if(1'h0) begin
    end else begin
      if(io_ptw_resp_valid) begin
        if(3'h1 == r_refill_waddr) begin
          ppns_1 <= GEN_0;
        end
      end
    end
    if(1'h0) begin
    end else begin
      if(io_ptw_resp_valid) begin
        if(3'h2 == r_refill_waddr) begin
          ppns_2 <= GEN_0;
        end
      end
    end
    if(1'h0) begin
    end else begin
      if(io_ptw_resp_valid) begin
        if(3'h3 == r_refill_waddr) begin
          ppns_3 <= GEN_0;
        end
      end
    end
    if(1'h0) begin
    end else begin
      if(io_ptw_resp_valid) begin
        if(3'h4 == r_refill_waddr) begin
          ppns_4 <= GEN_0;
        end
      end
    end
    if(1'h0) begin
    end else begin
      if(io_ptw_resp_valid) begin
        if(3'h5 == r_refill_waddr) begin
          ppns_5 <= GEN_0;
        end
      end
    end
    if(1'h0) begin
    end else begin
      if(io_ptw_resp_valid) begin
        if(3'h6 == r_refill_waddr) begin
          ppns_6 <= GEN_0;
        end
      end
    end
    if(1'h0) begin
    end else begin
      if(io_ptw_resp_valid) begin
        if(3'h7 == r_refill_waddr) begin
          ppns_7 <= GEN_0;
        end
      end
    end
    if(1'h0) begin
    end else begin
      if(io_ptw_resp_valid) begin
        if(3'h0 == r_refill_waddr) begin
          tags_0 <= GEN_1;
        end
      end
    end
    if(1'h0) begin
    end else begin
      if(io_ptw_resp_valid) begin
        if(3'h1 == r_refill_waddr) begin
          tags_1 <= GEN_1;
        end
      end
    end
    if(1'h0) begin
    end else begin
      if(io_ptw_resp_valid) begin
        if(3'h2 == r_refill_waddr) begin
          tags_2 <= GEN_1;
        end
      end
    end
    if(1'h0) begin
    end else begin
      if(io_ptw_resp_valid) begin
        if(3'h3 == r_refill_waddr) begin
          tags_3 <= GEN_1;
        end
      end
    end
    if(1'h0) begin
    end else begin
      if(io_ptw_resp_valid) begin
        if(3'h4 == r_refill_waddr) begin
          tags_4 <= GEN_1;
        end
      end
    end
    if(1'h0) begin
    end else begin
      if(io_ptw_resp_valid) begin
        if(3'h5 == r_refill_waddr) begin
          tags_5 <= GEN_1;
        end
      end
    end
    if(1'h0) begin
    end else begin
      if(io_ptw_resp_valid) begin
        if(3'h6 == r_refill_waddr) begin
          tags_6 <= GEN_1;
        end
      end
    end
    if(1'h0) begin
    end else begin
      if(io_ptw_resp_valid) begin
        if(3'h7 == r_refill_waddr) begin
          tags_7 <= GEN_1;
        end
      end
    end
    if(reset) begin
      state <= 2'h0;
    end else begin
      if(io_ptw_resp_valid) begin
        state <= 2'h0;
      end else begin
        if(T_588) begin
          state <= 2'h3;
        end else begin
          if(T_583) begin
            if(io_ptw_req_ready) begin
              if(io_ptw_invalidate) begin
                state <= 2'h3;
              end else begin
                state <= 2'h2;
              end
            end else begin
              if(io_ptw_invalidate) begin
                state <= 2'h0;
              end else begin
                if(T_585) begin
                  state <= 2'h1;
                end
              end
            end
          end else begin
            if(T_585) begin
              state <= 2'h1;
            end
          end
        end
      end
    end
    if(1'h0) begin
    end else begin
      if(T_585) begin
        r_refill_tag <= lookup_tag;
      end
    end
    if(1'h0) begin
    end else begin
      if(T_585) begin
        if(T_426) begin
          if(T_428) begin
            r_refill_waddr <= 3'h0;
          end else begin
            if(T_429) begin
              r_refill_waddr <= 3'h1;
            end else begin
              if(T_430) begin
                r_refill_waddr <= 3'h2;
              end else begin
                if(T_431) begin
                  r_refill_waddr <= 3'h3;
                end else begin
                  if(T_432) begin
                    r_refill_waddr <= 3'h4;
                  end else begin
                    if(T_433) begin
                      r_refill_waddr <= 3'h5;
                    end else begin
                      if(T_434) begin
                        r_refill_waddr <= 3'h6;
                      end else begin
                        r_refill_waddr <= 3'h7;
                      end
                    end
                  end
                end
              end
            end
          end
        end else begin
          r_refill_waddr <= T_461;
        end
      end
    end
    if(1'h0) begin
    end else begin
      if(T_585) begin
        r_req_vpn <= io_req_bits_vpn;
      end
    end
    if(1'h0) begin
    end else begin
      if(T_585) begin
        r_req_passthrough <= io_req_bits_passthrough;
      end
    end
    if(1'h0) begin
    end else begin
      if(T_585) begin
        r_req_instruction <= io_req_bits_instruction;
      end
    end
    if(1'h0) begin
    end else begin
      if(T_585) begin
        r_req_store <= io_req_bits_store;
      end
    end
    if(1'h0) begin
    end
    if(1'h0) begin
    end
    if(1'h0) begin
    end
    if(1'h0) begin
    end
    if(1'h0) begin
    end
    if(1'h0) begin
    end
    if(1'h0) begin
    end
    if(1'h0) begin
    end
    if(1'h0) begin
    end
    if(1'h0) begin
    end
    if(1'h0) begin
    end
    if(1'h0) begin
    end else begin
      if(io_ptw_resp_valid) begin
        if(io_ptw_resp_bits_pte_u) begin
          u_array <= T_364;
        end else begin
          u_array <= T_366;
        end
      end
    end
    if(1'h0) begin
    end else begin
      if(io_ptw_resp_valid) begin
        if(T_374) begin
          sw_array <= T_375;
        end else begin
          sw_array <= T_377;
        end
      end
    end
    if(1'h0) begin
    end else begin
      if(io_ptw_resp_valid) begin
        if(T_385) begin
          sx_array <= T_386;
        end else begin
          sx_array <= T_388;
        end
      end
    end
    if(1'h0) begin
    end else begin
      if(io_ptw_resp_valid) begin
        if(T_396) begin
          sr_array <= T_397;
        end else begin
          sr_array <= T_399;
        end
      end
    end
    if(1'h0) begin
    end else begin
      if(io_ptw_resp_valid) begin
        if(T_407) begin
          xr_array <= T_408;
        end else begin
          xr_array <= T_410;
        end
      end
    end
    if(1'h0) begin
    end else begin
      if(io_ptw_resp_valid) begin
        if(T_263) begin
          cash_array <= T_412;
        end else begin
          cash_array <= T_414;
        end
      end
    end
    if(1'h0) begin
    end else begin
      if(io_ptw_resp_valid) begin
        if(io_ptw_resp_bits_pte_d) begin
          dirty_array <= T_416;
        end else begin
          dirty_array <= T_418;
        end
      end
    end
    if(1'h0) begin
    end else begin
      if(T_486) begin
        if(T_526) begin
          T_421 <= T_529;
        end else begin
          T_421 <= T_532;
        end
      end
    end
  end
endmodule